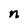
Character: n